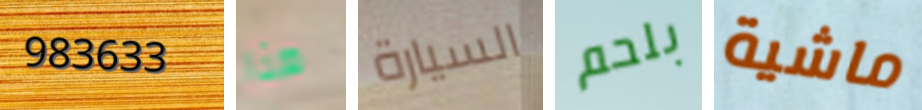
983633 هنا السيارة بلحم ماشية